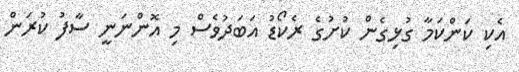
އެކި ކަންކަމާ ގުޅިގެން ކުށުގެ ރެކޯޑު އަބަދުވެސް މި އޮންނަނީ ސާފު ކުރަން